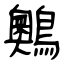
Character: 䴈